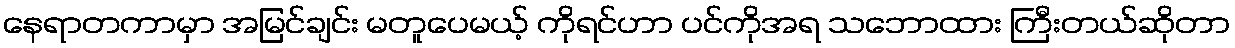
နေရာတကာမှာ အမြင်ချင်း မတူပေမယ့် ကိုရင်ဟာ ပင်ကိုအရ သဘောထား ကြီးတယ်ဆိုတာ